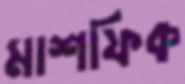
মাশফিক